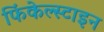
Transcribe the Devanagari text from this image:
फिंकेल्स्टाइन